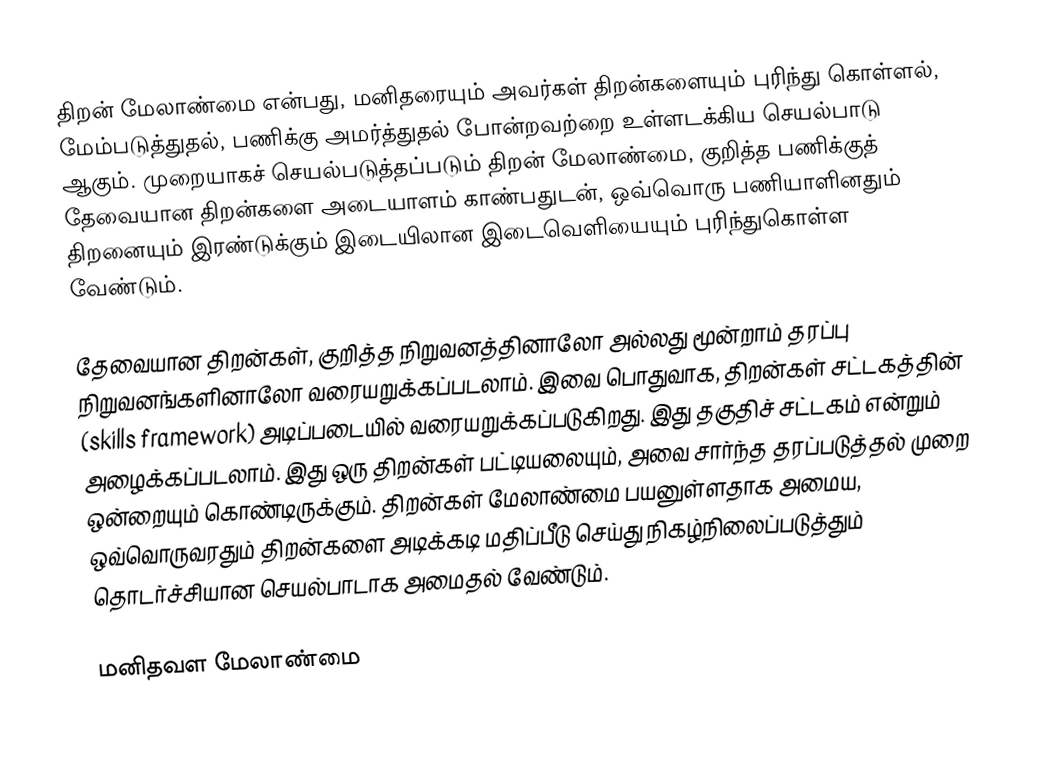
திறன் மேலாண்மை என்பது, மனிதரையும் அவர்கள் திறன்களையும் புரிந்து கொள்ளல், மேம்படுத்துதல், பணிக்கு அமர்த்துதல் போன்றவற்றை உள்ளடக்கிய செயல்பாடு ஆகும். முறையாகச் செயல்படுத்தப்படும் திறன் மேலாண்மை, குறித்த பணிக்குத் தேவையான திறன்களை அடையாளம் காண்பதுடன், ஒவ்வொரு பணியாளினதும் திறனையும் இரண்டுக்கும் இடையிலான இடைவெளியையும் புரிந்துகொள்ள வேண்டும்.

தேவையான திறன்கள், குறித்த நிறுவனத்தினாலோ அல்லது மூன்றாம் தரப்பு நிறுவனங்களினாலோ வரையறுக்கப்படலாம். இவை பொதுவாக, திறன்கள் சட்டகத்தின் (skills framework) அடிப்படையில் வரையறுக்கப்படுகிறது. இது தகுதிச் சட்டகம் என்றும் அழைக்கப்படலாம். இது ஒரு திறன்கள் பட்டியலையும், அவை சார்ந்த தரப்படுத்தல் முறை ஒன்றையும் கொண்டிருக்கும். திறன்கள் மேலாண்மை பயனுள்ளதாக அமைய, ஒவ்வொருவரதும் திறன்களை அடிக்கடி மதிப்பீடு செய்து நிகழ்நிலைப்படுத்தும் தொடர்ச்சியான செயல்பாடாக அமைதல் வேண்டும்.

மனிதவள மேலாண்மை